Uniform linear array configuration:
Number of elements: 32
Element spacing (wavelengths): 0.75
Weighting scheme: hann
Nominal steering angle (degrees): -15
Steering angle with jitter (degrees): -13.38
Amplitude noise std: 0.05
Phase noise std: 0.05

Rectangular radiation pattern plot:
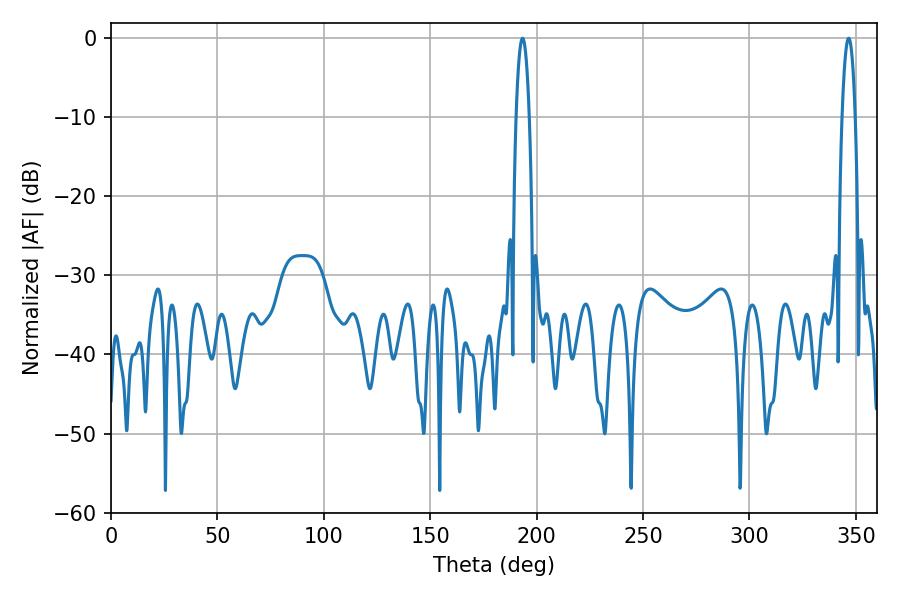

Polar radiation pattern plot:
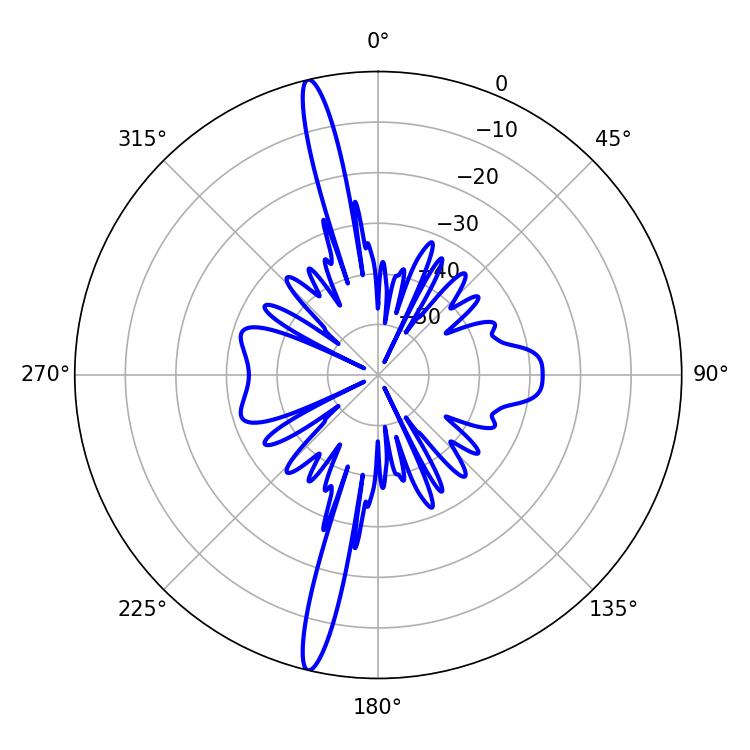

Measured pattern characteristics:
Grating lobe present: TRUE
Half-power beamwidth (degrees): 3.42
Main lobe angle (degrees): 193.32